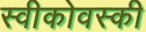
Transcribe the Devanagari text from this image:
स्वीकोवस्की